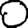
Digit: 0